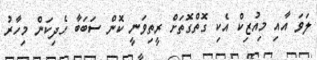
ލަވަ އާއި މިއުޒިކް އެކި ގޮތްގޮތަށް ރީތިވަނީ ކޮން ސަބަބާ ހެދިކަން މިހާރު